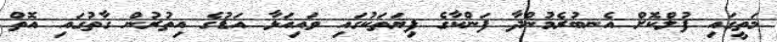
މަތީގައި ފުލްކޮށް އެނބުރެމުންދާ ފަންކާގެ ފިޔަތަކުގައި ވައިއަޅާ އަޑުގެ އިތުރުން ގާތުގައި އޮތް